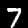
Digit: 7